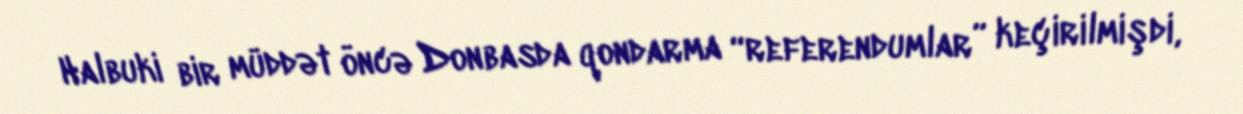
Halbuki bir müddət öncə Donbasda qondarma “referendumlar” keçirilmişdi,